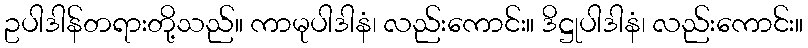
ဥပါဒါန်တရားတို့သည်။ ကာမုပါဒါနံ၊ လည်းကောင်း။ ဒိဋ္ဌုပါဒါနံ၊ လည်းကောင်း။